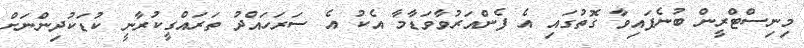
މިނިސްޓްރީން ބުނެފައިވާ ގޮތުގައި އެ ފެންއަރުވާވަޑާމާ އެކު އެ ސަރަހައްދު ތަރައްގީކުރާނީ ކުޑަކުދިންނަށް